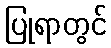
ပြုရာတွင်